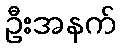
ဦးအနက်